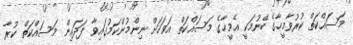
މަސައްކަތް ކުރުވާމީހާގެ ބޭނުމަކީ އެމީހާގެ މަސައްކަތް އަވަހަށް ނިންމުންކަމުގައިވާ ފަދައިން މަސައްކަތް ކުރާ